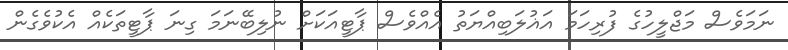
ނަމަވެސް މަޖްލީހުގެ ފުރިހަމަ އަޣުލަބިއްޔަތު އެއްވެސް ޕާޓީއަކަށް ނުލިބޭނަމަ ގިނަ ޕާޓީތަކެއް އެކުވެގެން